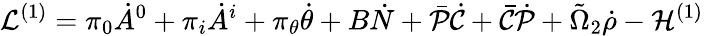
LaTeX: {\cal L}^{(1)}=\pi_{0}\dot{A}^{0}+\pi_{i}\dot{A}^{i}+\pi_{\theta}\dot{\theta}+B\dot{N}+\bar{\cal P}\dot{\cal C}+\bar{\cal C}\dot{\cal P}+\tilde{\Omega}_{2}\dot{\rho}-{\cal H}^{(1)}